Second report of the anti-malarial operations at Mian Mir, 1901-1903 - Number 9
Year: 1901
Disease focus: Malaria
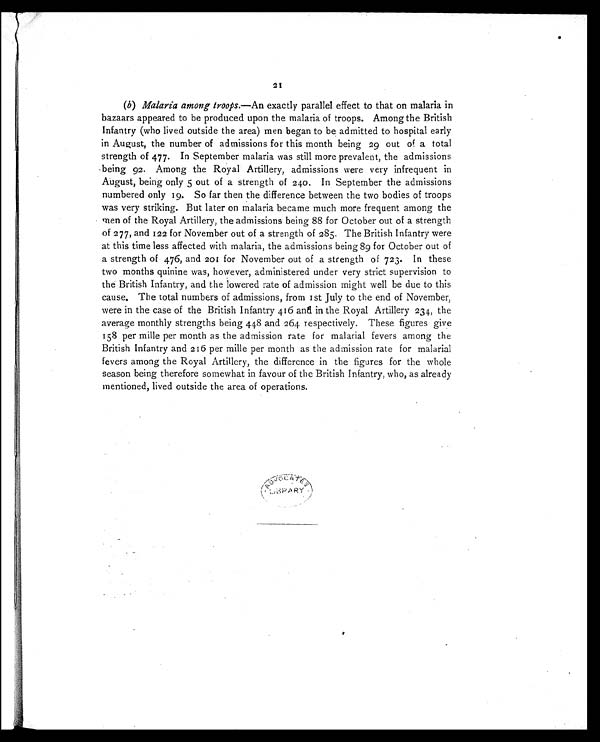
21
(b) Malaria among troops.—An exactly parallel effect to that on malaria in
bazaars appeared to be produced upon the malaria of troops. Among the British
Infantry (who lived outside the area) men began to be admitted to hospital early
in August, the number of admissions for this month being 29 out of a total
strength of 477. In September malaria was still more prevalent, the admissions
being 92. Among the Royal Artillery, admissions were very infrequent in
August, being only 5 out of a strength of 240. In September the admissions
numbered only 19. So far then the difference between the two bodies of troops
was very striking. But later on malaria became much more frequent among the
men of the Royal Artillery, the admissions being 88 for October out of a strength
of 277, and 122 for November out of a strength of 285. The British Infantry were
at this time less affected with malaria, the admissions being 89 for October out of
a strength of 476, and 201 for November out of a strength of 723. In these
two months quinine was, however, administered under very strict supervision to
the British Infantry, and the lowered rate of admission might well be due to this
cause. The total numbers of admissions, from 1st July to the end of November,
were in the case of the British Infantry 416 and in the Royal Artillery 234, the
average monthly strengths being 448 and 264 respectively. These figures give
158 per mille per month as the admission rate for malarial fevers among the
British Infantry and 216 per mille per month as the admission rate for malarial
fevers among the Royal Artillery, the difference in the figures for the whole
season being therefore somewhat in favour of the British Infantry, who, as already
mentioned, lived outside the area of operations.
ADVOCATES LIBRARY